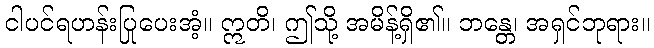
ငါပင်ရဟန်းပြုပေးအံ့။ ဣတိ၊ ဤသို့ အမိန့်ရှိ၏။ ဘန္တေ၊ အရှင်ဘုရား။